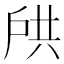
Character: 𫼌